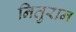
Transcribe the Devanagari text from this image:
नितुरान